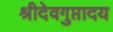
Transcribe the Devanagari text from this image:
श्रीदेवगुप्तादय